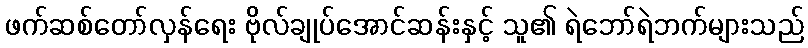
ဖက်ဆစ်တော်လှန်ရေး ဗိုလ်ချုပ်အောင်ဆန်းနှင့် သူ၏ ရဲဘော်ရဲဘက်များသည်